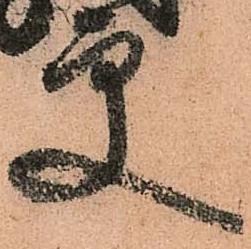
更